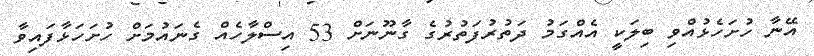
އޭނާ ހުށަހެޅުއްވި ބިލަކީ އެއްގަމު ދަތުރުފަތުރުގެ ގާނޫނަށް 53 އިސްލާހެއް ގެނައުމަށް ހުށަހަޅާފައިވާ